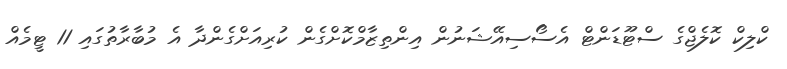
ކްލިކް ކޮލެޖްގެ ސްޓޫޑަންޓް އެސޯސިއޭޝަނުން އިންތިޒާމްކޮށްގެން ކުރިއަށްގެންދާ އެ މުބާރާތުގައި 11 ޓީމެއް